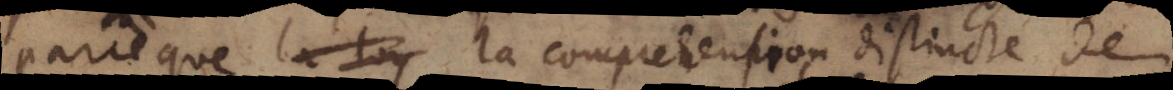
parce que la comprehension distincte de